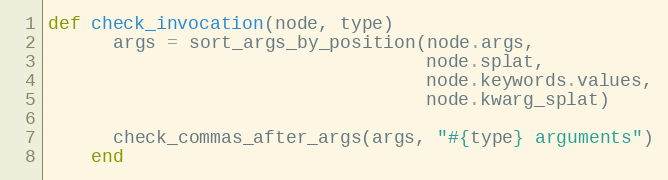
Language: Ruby
def check_invocation(node, type)
      args = sort_args_by_position(node.args,
                                   node.splat,
                                   node.keywords.values,
                                   node.kwarg_splat)

      check_commas_after_args(args, "#{type} arguments")
    end